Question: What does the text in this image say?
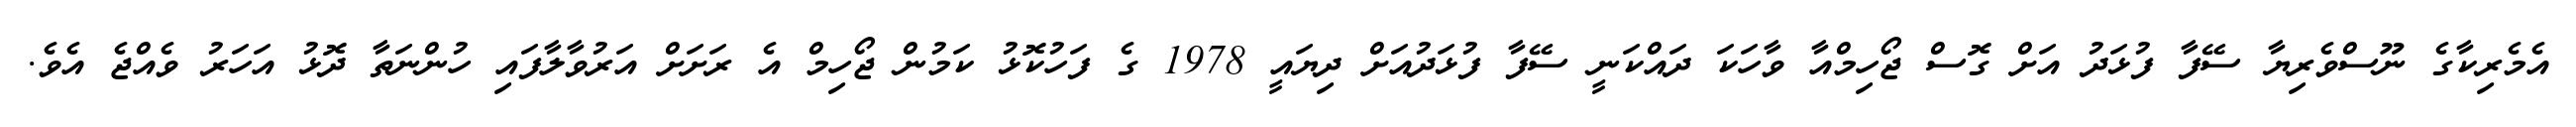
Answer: އެމެރިކާގެ ނޫސްވެރިޔާ ސޭފާ ފުޅަދު އަށް ގޮސް ޖޯހިމްއާ ވާހަކަ ދައްކަނީ ސޭފާ ފުޅަދުއަށް ދިޔައީ 1978 ގެ ފަހުކޮޅު ކަމުން ޖޯހިމް އެ ރަށަށް އަރުވާލާފައި ހުންނަތާ ދޮޅު އަހަރު ވެއްޖެ އެވެ.